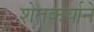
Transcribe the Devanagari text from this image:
शेतकर्याने